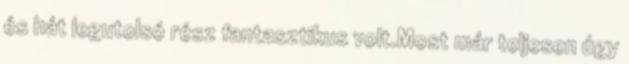
és hát legutolsó rész fantasztikus volt.Most már teljesen úgy